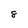
Character: 8